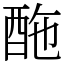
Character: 𨠑